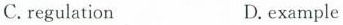
C.regulation D.example